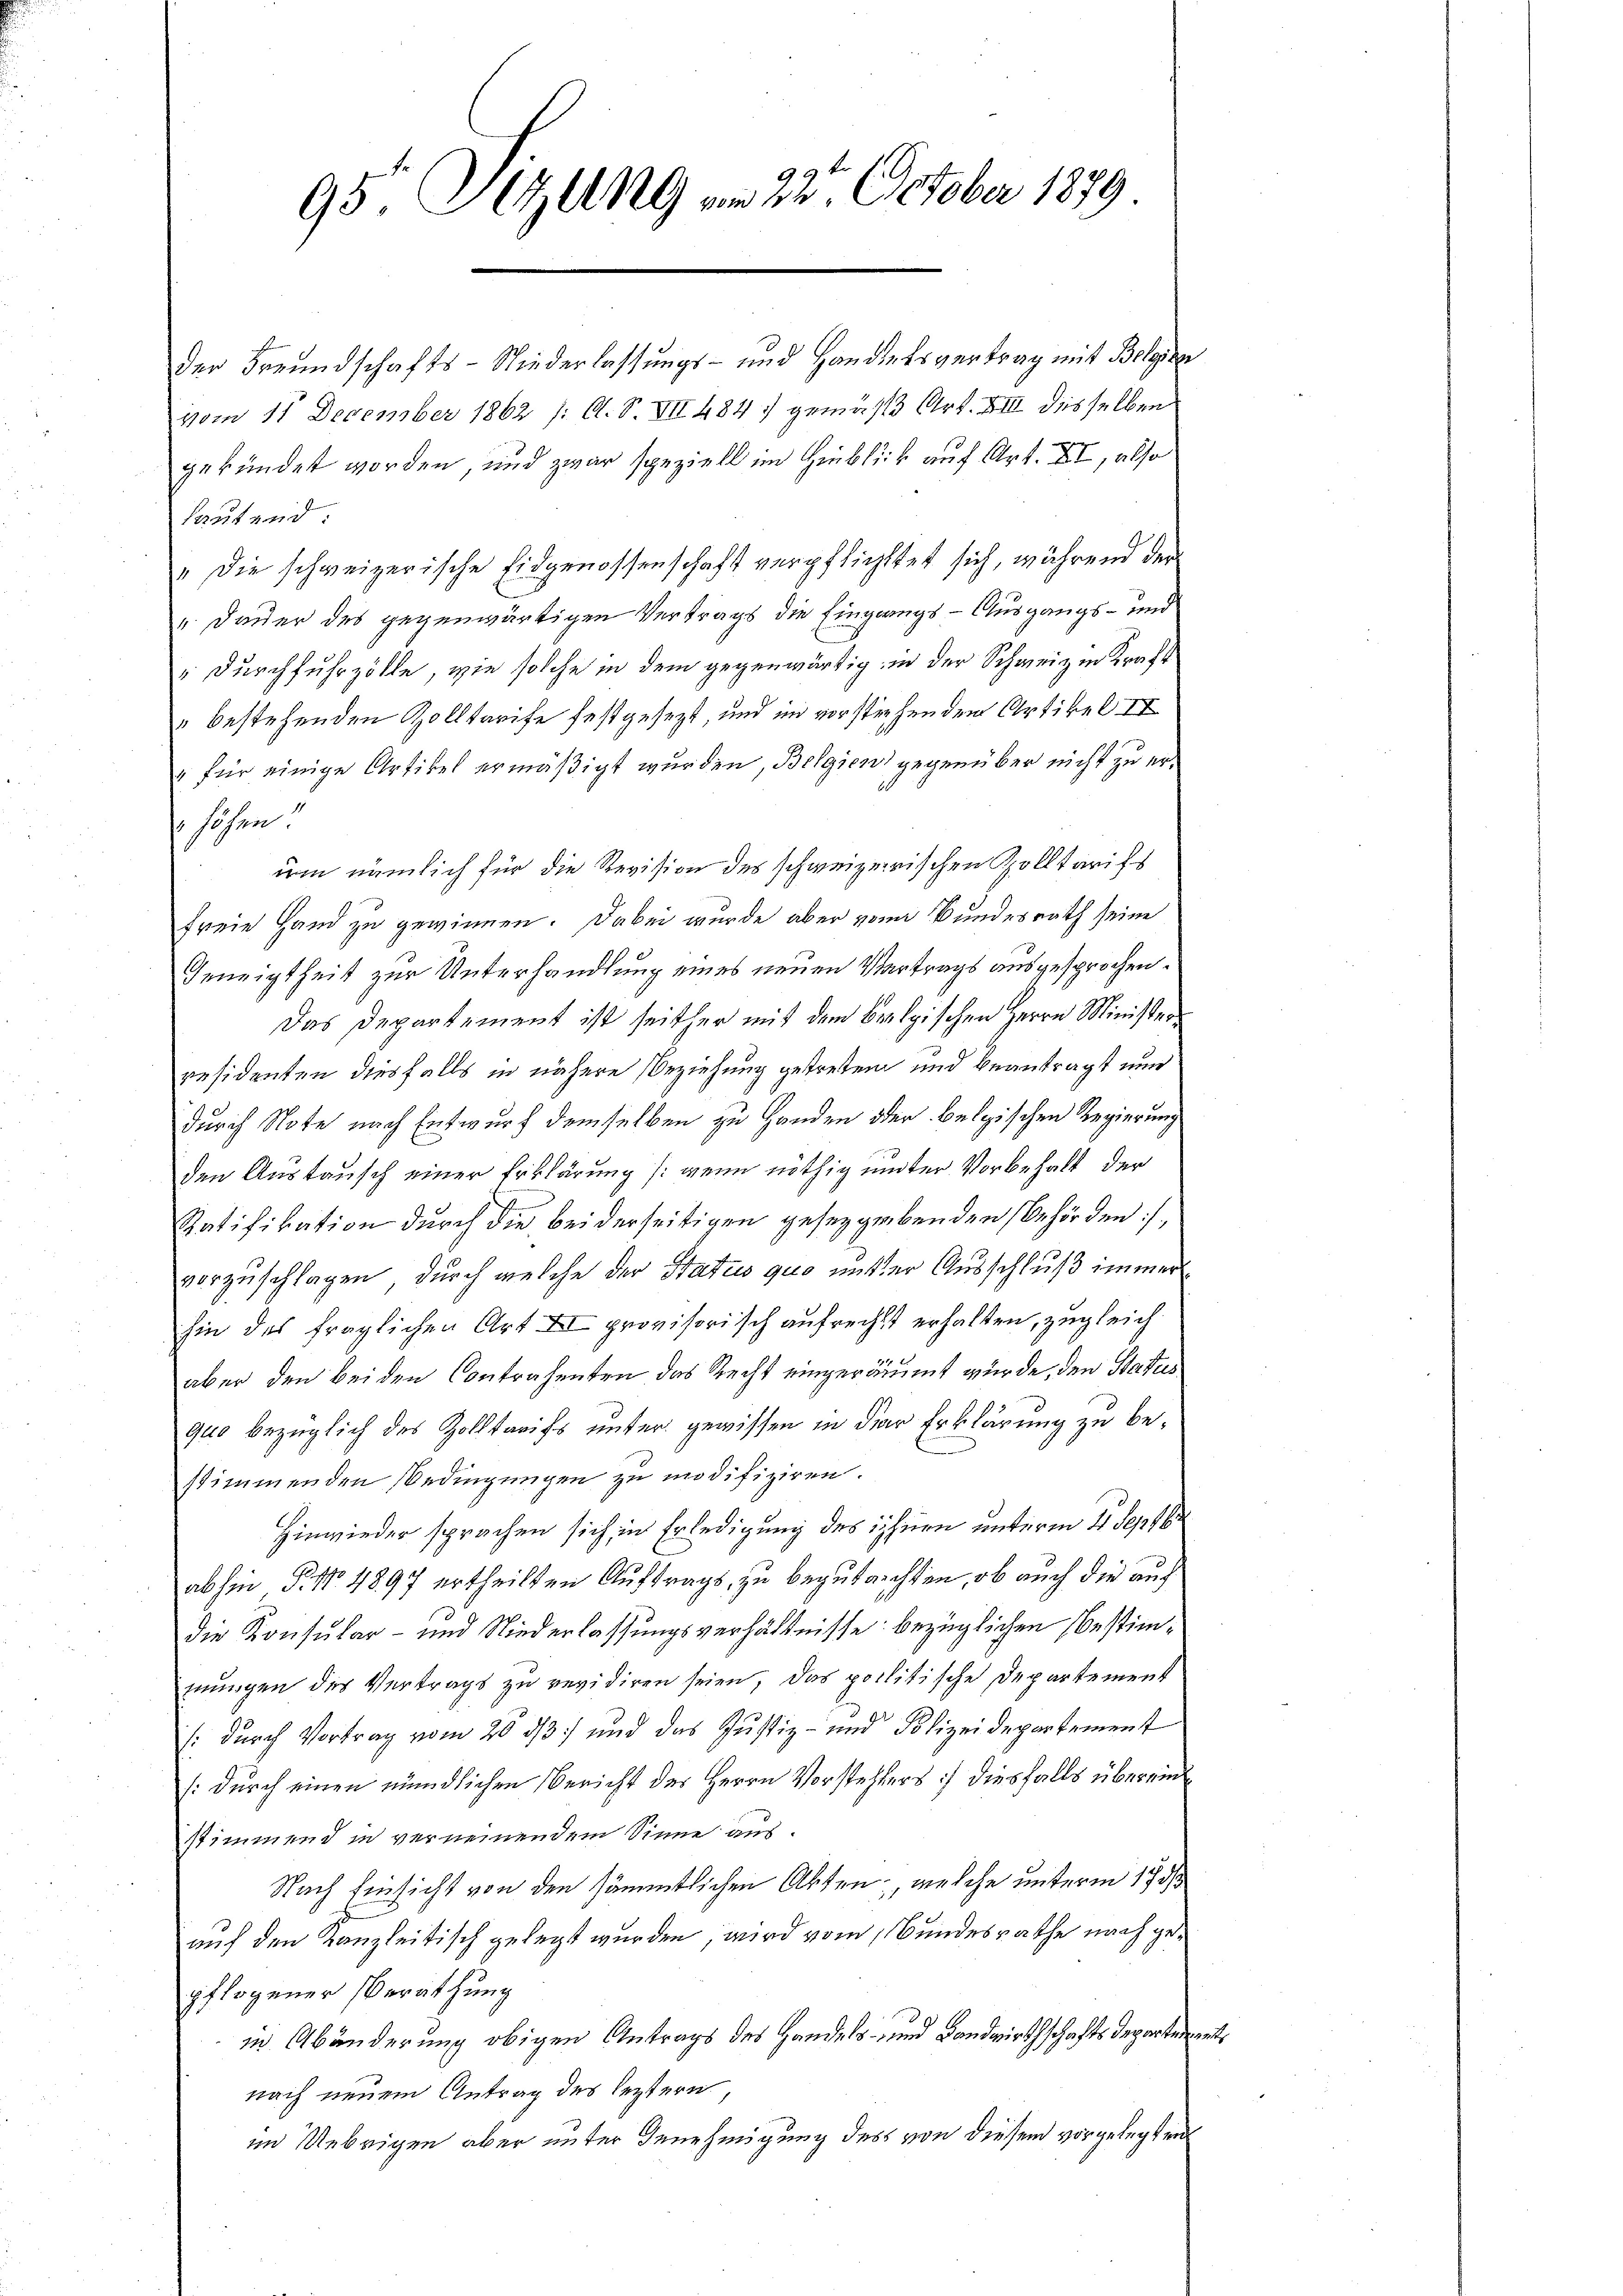
9
95. Sitzung am 22. October 1879

der Freundschafts-Niederlassungs- und Handelsvertrag mit Belgien
vom 11 December 1862 /: A. S. VII 484. gemäß Art. XIII desselben
gekündet worden, und zwar speziell im Hinblick auf Art. XI, also
Lautend:
" die schweizerische Eidgenossenschaft verpflichttet sich, während der
„ Dauer des gegenwärtigen Vertrags die Eingangs - Ausgangs- und
 Durchfuhrzölle, wie solche in dem gegenwärtig in der Schweiz in Kraft
" bestehenden Zolltarife festgesezt, und im vorstehenden Artikel II
" für einige Artikel ermäßigt wurden, Belgien gegenüber nicht zu erhohen
um nämlich für die Revision des schweizerischen Zolltarifs
freie Hand zu gewinnen. Dabei wurde aber vom Bundesrath seine
Geneigtheit zur Unterhandlung eines neuen Vortrags ausgesprochen.
Das Departement ist seither mit dem brelgischen Herrn Ministerresidenten diesfalls in nähere Beziehung getreten und beantragt nun
durch Note nach Entwurf demselben zu Handen oder belgischen Regierung
den Austausch einer Erklärung /: wenn nöthig unter Vorbehalt der
Ratifikation durch die bei derseitigen gesetzgebenden Behörden,
vorzuschlagen, durch welche der Status quo unter Ausschluß immerhin des fraglichen Art II provisorisch aufrechst erhalten, zugleich
aber den beiden Contrahenten das Recht eingeräumt wurde, den Status
quo bezüglich des Zolltarifs unter gewissen in der Erklärung zu bestimmenden Bedingungen zu modifiziren.
Hinwieder sprachen sich in Erledigung des ihnen unterm 21. Septbr
abhin P. No 4897 ertheilten Auftrags, zu begutachten, ob auch die auch
die Konsular- und Niederlassungsverhältnisse bezüglichen Bestimmungen des Vertrags zu revidiren seien, das politische Departement
(: durch Vortrag vom 20. 337 und das Justiz- und Polizeidepartement
/:durch einen mündlichen Bericht der Herrn Vorstehlers) diesfalls übereinstimmend in verneinendem Sinne aus.
Nach Einsicht von den sämmtlichen Akten, welche unterm 17. ds
auf den Kanzleitisch gelegt wurden, wird vom Bundesrathe nach gepflogener Berathung
in Abänderung obigen Antrags des Handels- und Landwirthschaftsdepartemen
nach neuem Antrag des leztern,
im Uebrigen aber unter Genehmigung des von diesem vorgelegten